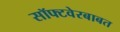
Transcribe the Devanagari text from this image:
सॉफ्टवेरबाबत